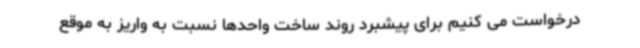
درخواست می کنیم برای پیشبرد روند ساخت واحدها نسبت به واریز به موقع